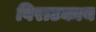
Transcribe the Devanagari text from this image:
विराटकाय